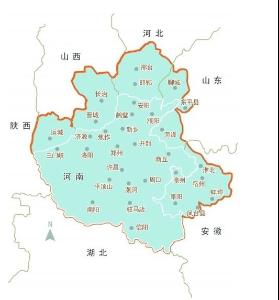
万里中原烽火北，一尊浊酒戍楼东。